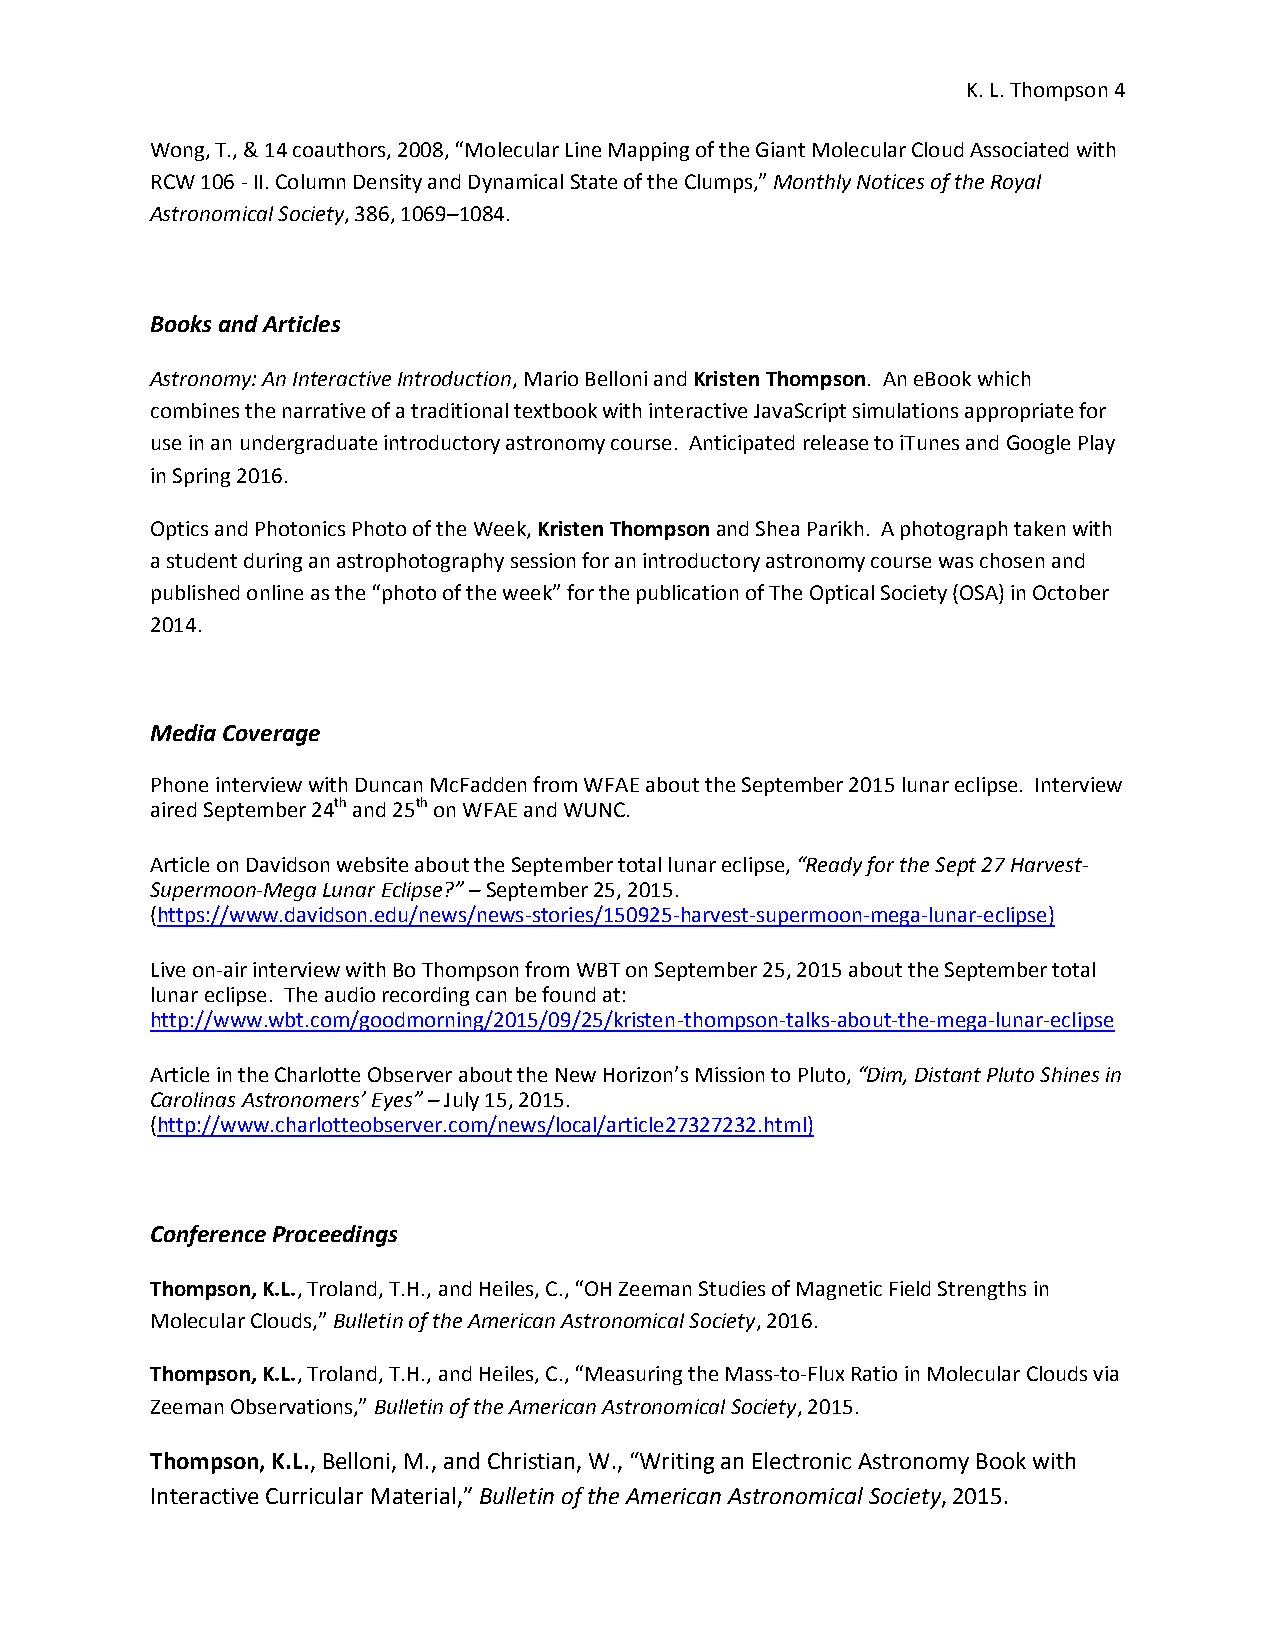
K. L. Thompson 4
 Wong, T., & 14 coauthors, 2008, “Molecular Line Mapping of the Giant Molecular Cloud Associated with
 RCW 106 - II. Column Density and Dynamical State of the Clumps,” Monthly Notices of the Royal
 Astronomical Society, 386, 1069–1084.
 Books and Articles
 Astronomy: An Interactive Introduction, Mario Belloni and Kristen Thompson. An eBook which
 combines the narrative of a traditional textbook with interactive JavaScript simulations appropriate for
 use in an undergraduate introductory astronomy course. Anticipated release to iTunes and Google Play
 in Spring 2016.
 Optics and Photonics Photo of the Week, Kristen Thompson and Shea Parikh. A photograph taken with
 a student during an astrophotography session for an introductory astronomy course was chosen and
 published online as the “photo of the week” for the publication of The Optical Society (OSA) in October
 2014.
 Media Coverage
 Phone interview with Duncan McFadden from WFAE about the September 2015 lunar eclipse. Interview
 aired September 24th and 25th on WFAE and WUNC.
 Article on Davidson website about the September total lunar eclipse, “Ready for the Sept 27 Harvest-
 Supermoon-Mega Lunar Eclipse?” – September 25, 2015.
 (https://www.davidson.edu/news/news-stories/150925-harvest-supermoon-mega-lunar-eclipse)
 Live on-air interview with Bo Thompson from WBT on September 25, 2015 about the September total
 lunar eclipse. The audio recording can be found at:
 http://www.wbt.com/goodmorning/2015/09/25/kristen-thompson-talks-about-the-mega-lunar-eclipse
 Article in the Charlotte Observer about the New Horizon’s Mission to Pluto, “Dim, Distant Pluto Shines in
 Carolinas Astronomers’ Eyes” – July 15, 2015.
 (http://www.charlotteobserver.com/news/local/article27327232.html)
 Conference Proceedings
 Thompson, K.L., Troland, T.H., and Heiles, C., “OH Zeeman Studies of Magnetic Field Strengths in
 Molecular Clouds,” Bulletin of the American Astronomical Society, 2016.
 Thompson, K.L., Troland, T.H., and Heiles, C., “Measuring the Mass-to-Flux Ratio in Molecular Clouds via
 Zeeman Observations,” Bulletin of the American Astronomical Society, 2015.
 Thompson, K.L., Belloni, M., and Christian, W., “Writing an Electronic Astronomy Book with
 Interactive Curricular Material,” Bulletin of the American Astronomical Society, 2015.